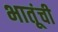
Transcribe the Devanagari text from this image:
भातूंची